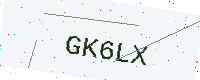
Text: GK6LX